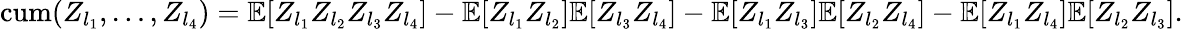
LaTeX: \begin{array}{r}{{\mathrm{cum}}(Z_{l_{1}},\ldots,Z_{l_{4}})=\mathbb{E}[Z_{l_{1}}Z_{l_{2}}Z_{l_{3}}Z_{l_{4}}]-\mathbb{E}[Z_{l_{1}}Z_{l_{2}}]\mathbb{E}[Z_{l_{3}}Z_{l_{4}}]-\mathbb{E}[Z_{l_{1}}Z_{l_{3}}]\mathbb{E}[Z_{l_{2}}Z_{l_{4}}]-\mathbb{E}[Z_{l_{1}}Z_{l_{4}}]\mathbb{E}[Z_{l_{2}}Z_{l_{3}}].}\end{array}